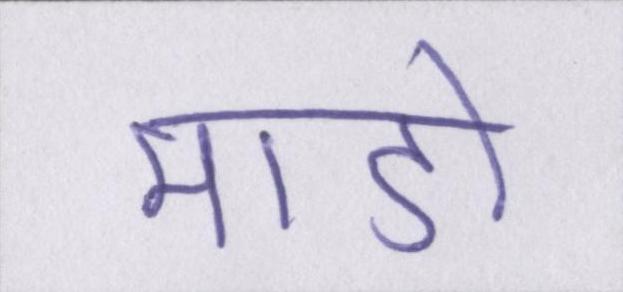
माडो